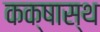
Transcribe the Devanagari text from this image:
कक्षास्थ